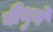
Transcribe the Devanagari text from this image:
बीथुने